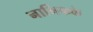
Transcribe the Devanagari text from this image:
नाभिकके